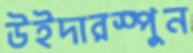
উইদারস্পুন